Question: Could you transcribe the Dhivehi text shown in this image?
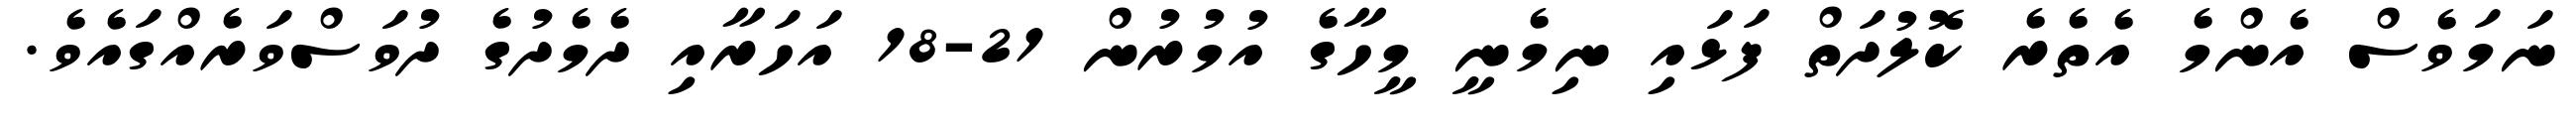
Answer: ނަމަވެސް އެންމެ އެތެރެ ކޮލުދަތް ފަޅައި ނިމެނީ މީހާގެ އުމުރުން 21-18 އަހަރާއި ދެމެދުގެ ދުވަސްވަރެއްގައެވެ.